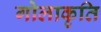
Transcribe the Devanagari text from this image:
गोलाकृति